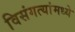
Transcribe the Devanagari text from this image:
विसंगत्यांमध्ये